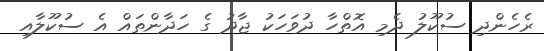
ރެހެންދި ސުކޫލު ދެމި އޮތްހާ ދުވަހަކު ޖާދު ގެ ހަދާންތައް އެ ސުކޫލާއި